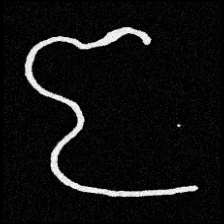
Pyu character \u2014 Myanmar letter: ဇ (romanized: ja)